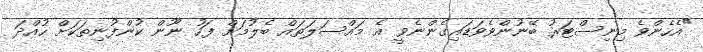
"އެހެންވެ މިނިސްޓަރު ބޭނުންވެވަޑައިގެންނެވީ އެ މައްސަލަތައް ބެލުމަށް ފަހު ނޫން ކުންފުނިތަކަށް ހުއްދަ